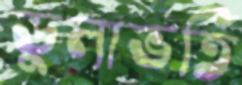
ডুলাভর্তি